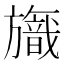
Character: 𣄞